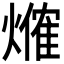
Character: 𤏥